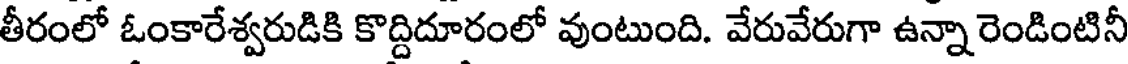
తీరంలో ఓంకారేశ్వరుడికి కొద్దిదూరంలో వుంటుంది. వేరువేరుగా ఉన్నా రెండింటినీ